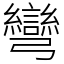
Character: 彎